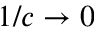
1 / c \rightarrow 0